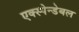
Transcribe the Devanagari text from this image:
एक्स्पेन्डेबल